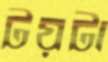
টয়টা